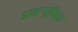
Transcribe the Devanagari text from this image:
अन्तर्‍र्रष्त्रिया